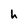
Character: h